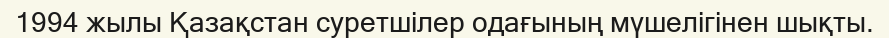
1994 жылы Қазақстан суретшілер одағының мүшелігінен шықты.